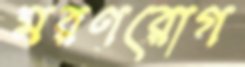
মরণরোগ